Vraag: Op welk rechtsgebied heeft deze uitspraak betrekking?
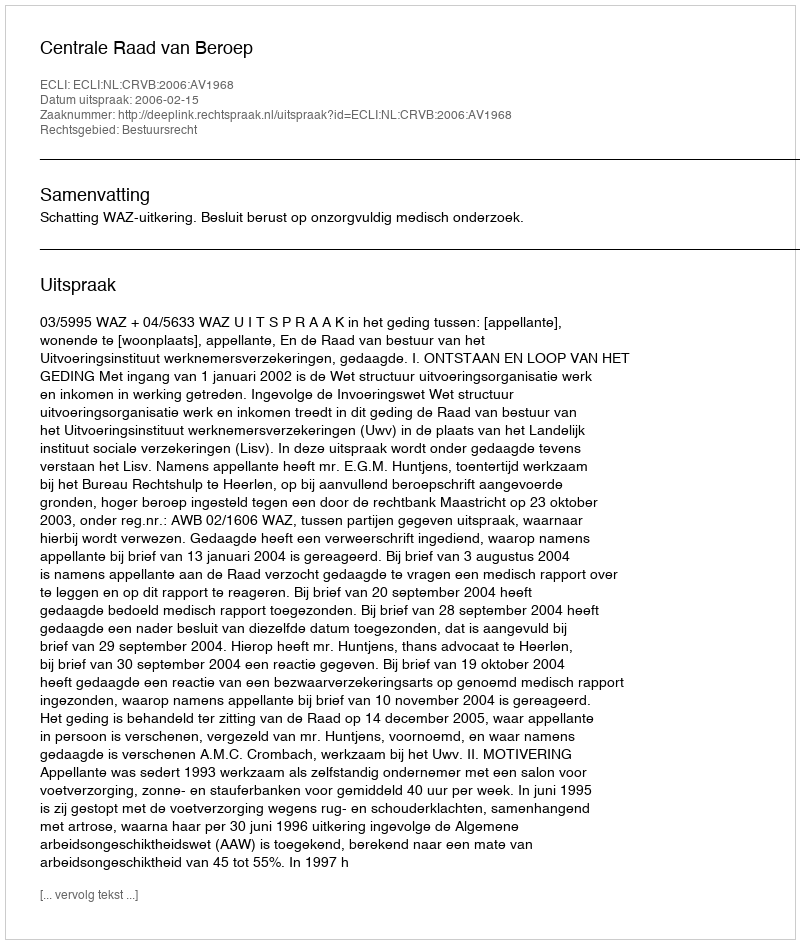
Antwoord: Bestuursrecht